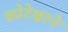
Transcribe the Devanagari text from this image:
कोटेश्वरने